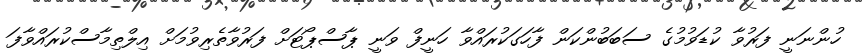
ހުންނަނީ ފަރުވާ ކުޑަވުމުގެ ސަބަބުންކަން ފާހަގަކުރައްވާ ހަނީފް ވަނީ ޕާސްޕޯޓަށް ފަރުވާތެރިވުމަށް އިލްތިމާސްކުރައްވާފަ